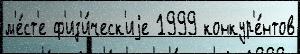
м'е́ст'е ф'из'и́ческ'иjе 1999 конкур'е́нтов